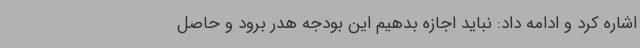
اشاره کرد و ادامه داد: نباید اجازه بدهیم این بودجه هدر برود و حاصل